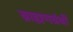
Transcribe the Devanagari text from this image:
ब्राह्मणग्रंथों